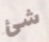
شئ